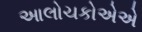
આલોચકોએએ